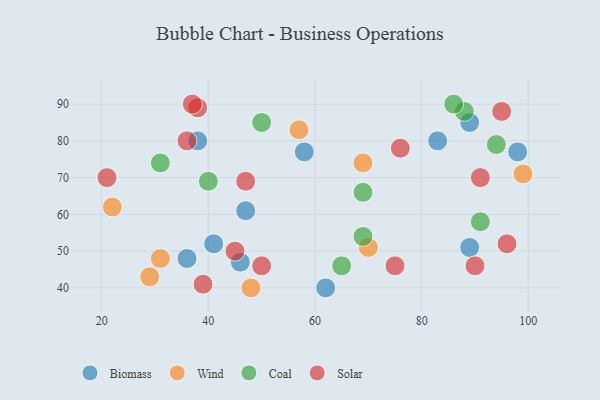
{"axis": {"x": "GDP", "y": "Life Expectancy"}, "legend": ["Biomass", "Coal", "Solar", "Wind"], "data": [{"x": "47", "y": 61, "type": "Biomass"}, {"x": "89", "y": 85, "type": "Biomass"}, {"x": "83", "y": 80, "type": "Biomass"}, {"x": "46", "y": 47, "type": "Biomass"}, {"x": "41", "y": 52, "type": "Biomass"}, {"x": "98", "y": 77, "type": "Biomass"}, {"x": "89", "y": 51, "type": "Biomass"}, {"x": "38", "y": 80, "type": "Biomass"}, {"x": "58", "y": 77, "type": "Biomass"}, {"x": "62", "y": 40, "type": "Biomass"}, {"x": "36", "y": 48, "type": "Biomass"}, {"x": "70", "y": 51, "type": "Wind"}, {"x": "57", "y": 83, "type": "Wind"}, {"x": "31", "y": 48, "type": "Wind"}, {"x": "22", "y": 62, "type": "Wind"}, {"x": "48", "y": 40, "type": "Wind"}, {"x": "29", "y": 43, "type": "Wind"}, {"x": "69", "y": 74, "type": "Wind"}, {"x": "99", "y": 71, "type": "Wind"}, {"x": "65", "y": 46, "type": "Coal"}, {"x": "88", "y": 88, "type": "Coal"}, {"x": "40", "y": 69, "type": "Coal"}, {"x": "94", "y": 79, "type": "Coal"}, {"x": "86", "y": 90, "type": "Coal"}, {"x": "69", "y": 54, "type": "Coal"}, {"x": "91", "y": 58, "type": "Coal"}, {"x": "50", "y": 85, "type": "Coal"}, {"x": "31", "y": 74, "type": "Coal"}, {"x": "69", "y": 66, "type": "Coal"}, {"x": "50", "y": 46, "type": "Solar"}, {"x": "38", "y": 89, "type": "Solar"}, {"x": "39", "y": 41, "type": "Solar"}, {"x": "21", "y": 70, "type": "Solar"}, {"x": "96", "y": 52, "type": "Solar"}, {"x": "95", "y": 88, "type": "Solar"}, {"x": "76", "y": 78, "type": "Solar"}, {"x": "37", "y": 90, "type": "Solar"}, {"x": "75", "y": 46, "type": "Solar"}, {"x": "45", "y": 50, "type": "Solar"}, {"x": "91", "y": 70, "type": "Solar"}, {"x": "47", "y": 69, "type": "Solar"}, {"x": "90", "y": 46, "type": "Solar"}, {"x": "36", "y": 80, "type": "Solar"}]}